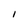
Character: I